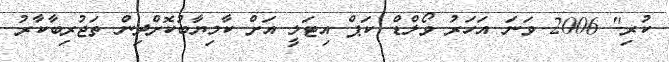
ކުރި" 2006 ވަނަ އަހަރު ވޯލްޑް ކަޕް އިޓަލީ އަށް ކާމިޔާބުކޮށްދިން ތަޖުރިބާކާރު